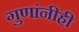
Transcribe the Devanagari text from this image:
गुणांनीही